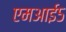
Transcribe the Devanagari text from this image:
एमआई५